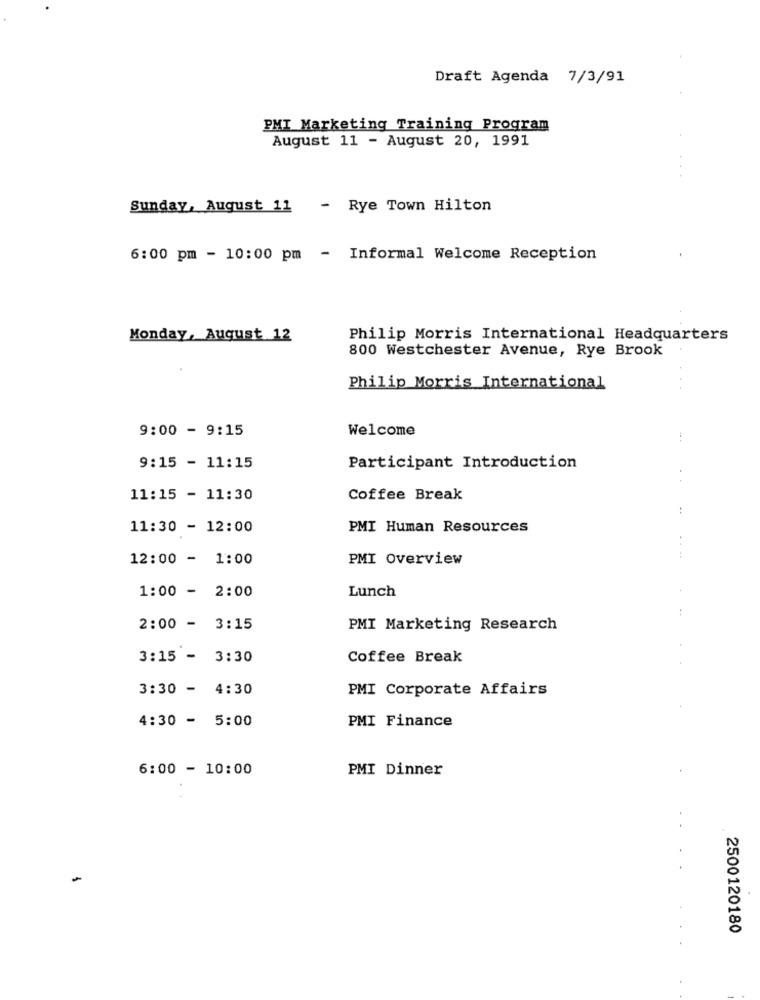
Draft Agenda 7/3/91
PMI Marketing Training Program
August 11 - August 20, 1991
Sunday, August 11 - Rye Town Hilton
6:00 pm - 10:00 pm - Informal Welcome Reception
Monday, August 12
Philip Morris International Headquarters
800 Westchester Avenue, Rye Brook
Philip Morris International
9:00 - 9:15
Welcome
9:15 - 11:15
Participant Introduction
..
11:15 - 11:30
Coffee Break
:
11:30 - 12:00
PMI Human Resources
12:00 - 1:00
PMI Overview
....
1:00 - 2:00
Lunch
2:00 - 3:15
PMI Marketing Research
3:15 - 3:30
Coffee Break
3:30 - 4:30
PMI Corporate Affairs
4:30 - 5:00
PMI Finance
6:00 - 10:00
PMI Dinner
-
2500120180